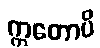
ဣတောပိ